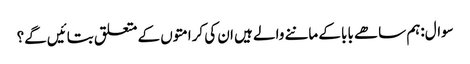
سوال:ہم ساھے بابا کے ماننے والے ہیں ان کی کرامتوں کے متعلق بتائیں گے؟